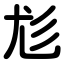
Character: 尨